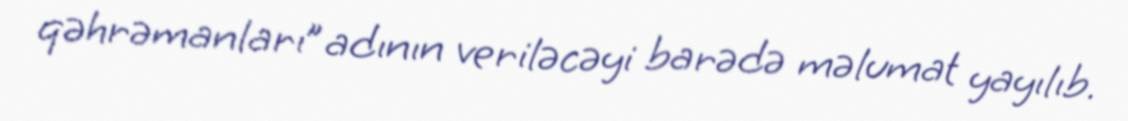
qəhrəmanları” adının veriləcəyi barədə məlumat yayılıb.